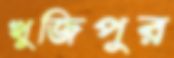
খুজিপুর